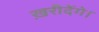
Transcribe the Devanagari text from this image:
ख़रीदेंगे।